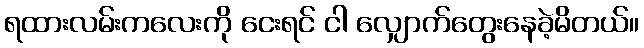
ရထားလမ်းကလေးကို ငေးရင် ငါ လျှောက်တွေးနေခဲ့မိတယ်။